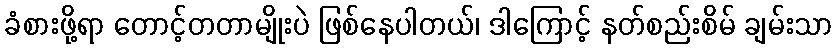
ခံစားဖို့ရာ တောင့်တတာမျိုးပဲ ဖြစ်နေပါတယ်၊ ဒါကြောင့် နတ်စည်းစိမ် ချမ်းသာ